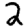
Digit: 2